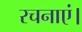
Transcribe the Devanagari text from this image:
रचनाएं।